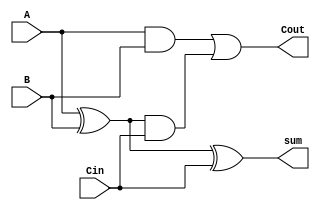
module adder_gate (A, B, Cin, sum, Cout);
    input A, B, Cin;
    output sum, Cout;

    xor axorb(axorb, A, B);
    xor(sum, axorb, Cin);

    and aandb(aandb, A, B);
    and axorbandcin(axorbandcin, axorb, Cin);
    or(Cout, aandb, axorbandcin);
endmodule

module adder_df (A, B, Cin, sum, Cout);
    input A, B, Cin;
    output sum, Cout;

    assign sum = A ^ B ^ Cin;
    assign Cout = (A&B) | ((A^B)&Cin);
endmodule

module testbench;
    reg A, B, Cin;
    wire sum, Cout;

    adder_df adder (A, B, Cin, sum, Cout);
    initial
        begin
            $monitor($time, " A=%b, B=%b, Cin=%b | sum=%b, Cout=%b", A, B, Cin, sum, Cout);
            #0 A=1'b0; B=1'b0; Cin=1'b0;
            #1 A=1'b0; B=1'b1; Cin=1'b0;
            #1 A=1'b1; B=1'b0; Cin=1'b0;
            #1 A=1'b1; B=1'b1; Cin=1'b0;
            #1 A=1'b0; B=1'b0; Cin=1'b1;
            #1 A=1'b0; B=1'b1; Cin=1'b1;
            #1 A=1'b1; B=1'b0; Cin=1'b1;
            #1 A=1'b1; B=1'b1; Cin=1'b1;
            #1 $finish;
        end
endmodule